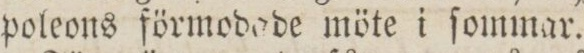
poleons förmodade möte i ſommar.